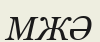
МЖӘ